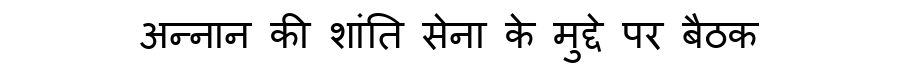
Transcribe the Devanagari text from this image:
अन्नान की शांति सेना के मुद्दे पर बैठक